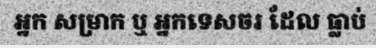
អ្នក សម្រាក ឬ អ្នកទេសចរ ដែល ធ្លាប់